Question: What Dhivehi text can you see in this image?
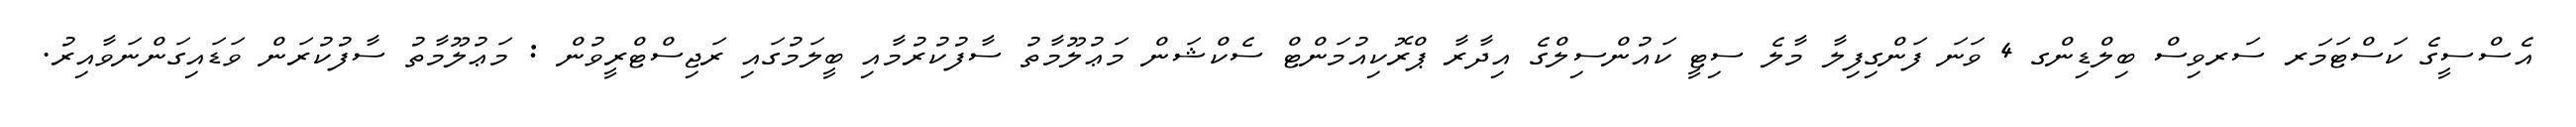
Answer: އެސްސީގެ ކަސްޓަމަރ ސަރވިސް ބިލްޑިންގ 4 ވަނަ ފަންގިފިލާ މާލެ ސިޓީ ކައުންސިލްގެ އިދާރާ ޕްރޮކިއުމަންޓް ސެކްޝަން މަޢުލޫމާތު ސާފުކުރުމާއި ބީލަމުގައި ރަޖިސްޓްރީވުން : މަޢުލޫމާތު ސާފުކުރަން ވަޑައިގަންނަވާއިރު.